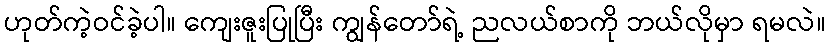
ဟုတ်ကဲ့ဝင်ခဲ့ပါ။ ကျေးဇူးပြုပြီး ကျွန်တော်ရဲ့ ညလယ်စာကို ဘယ်လိုမှာ ရမလဲ။